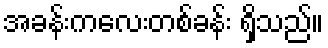
အခန်းကလေးတစ်ခန်း ရှိသည်။